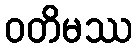
ဝတိမဿ